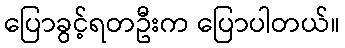
ပြောခွင့်ရတဦးက ပြောပါတယ်။